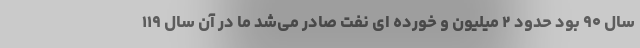
سال ۹۰ بود حدود ۲ میلیون و خورده ای نفت صادر می‌شد ما در آن سال ۱۱۹